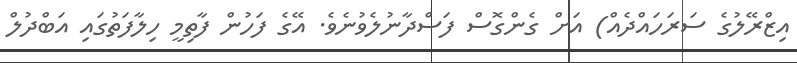
އިޒްރޭލުގެ ސަރަހައްދެއް) އަށް ގެންގޮސް ފަސްދާނުލެވުނެވެ. އޭގެ ފަހުން ފާތިމީ ހިލާފަތުގައި އަބްދުލް